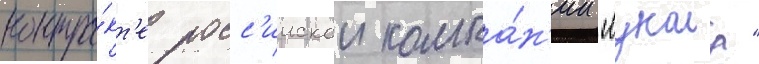
контра́кт'е росс'иискои компа́н'ии "лукоил"